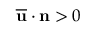
\mathbf { \overline { { u } } } \cdot \mathbf { n } > 0